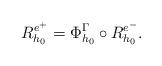
LaTeX: \begin{align*}R^{e^+}_{h_{0}} = \Phi^{\Gamma}_{h_0} \circ R^{e^-}_{h_{0}}.\end{align*}